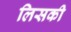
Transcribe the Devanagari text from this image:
लिसकी